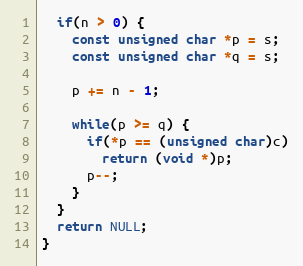
Language: C
  if(n > 0) {
    const unsigned char *p = s;
    const unsigned char *q = s;

    p += n - 1;

    while(p >= q) {
      if(*p == (unsigned char)c)
        return (void *)p;
      p--;
    }
  }
  return NULL;
}